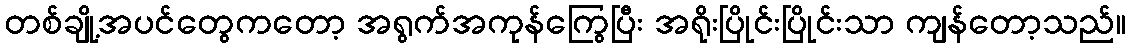
တစ်ချို့အပင်တွေကတော့ အရွက်အကုန်ကြွေပြီး အရိုးပြိုင်းပြိုင်းသာ ကျန်တော့သည်။